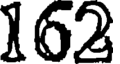
162